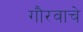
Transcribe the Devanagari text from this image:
गौरवाचे